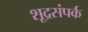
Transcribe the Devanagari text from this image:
शूद्रसंपर्क